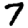
Digit: 7